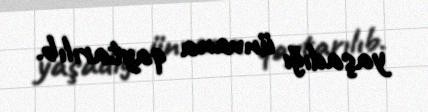
yaşadığı ünvana qaytarılıb.